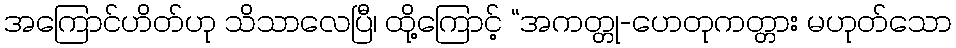
အကြောင်ဟိတ်ဟု သိသာလေပြီ၊ ထို့ကြောင့် “အကတ္တု-ဟေတုကတ္တား မဟုတ်သော